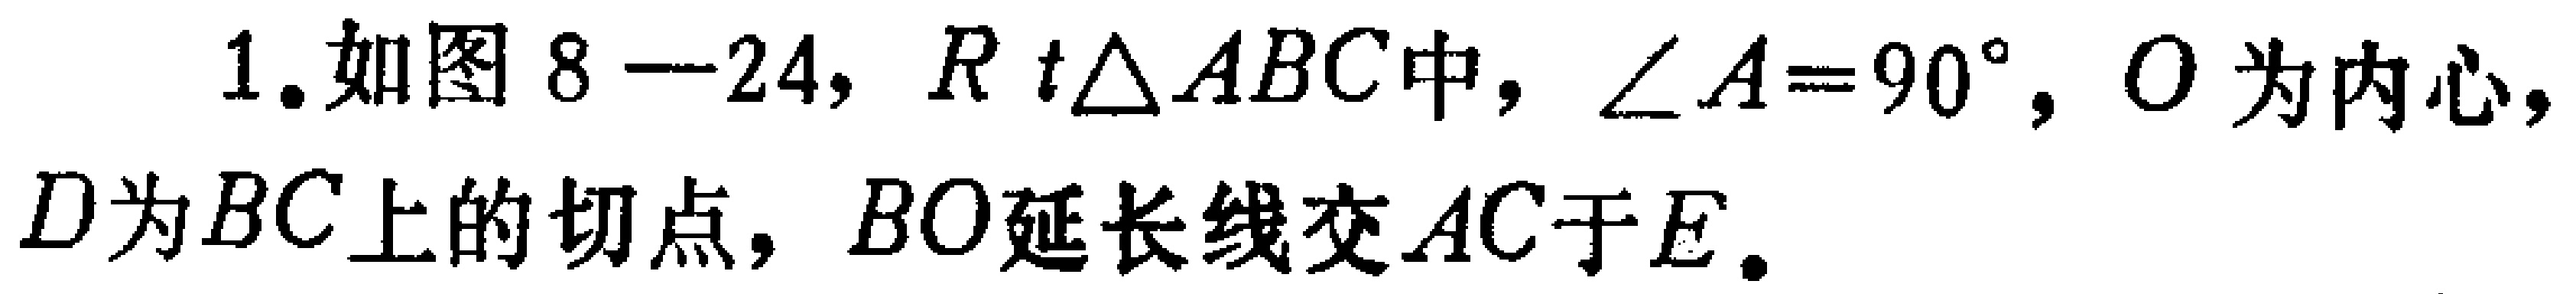
1. 如图8—24，$Rt\triangle ABC$中，$\angle A = 90^{\circ}$，$O$为内心，$D$为$BC$上的切点，$BO$延长线交$AC$于$E$。